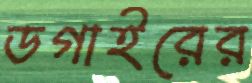
ডগাইরের